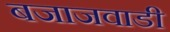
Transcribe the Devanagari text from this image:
बजाजवाडी